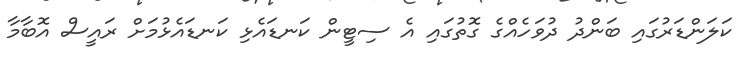
ކަލަންޑަރުގައި ބަންދު ދުވަހެއްގެ ގޮތުގައި އެ ސިޓީން ކަނޑައެޅި ކަނޑައެޅުމަށް ރައީސް އޮބާމާ